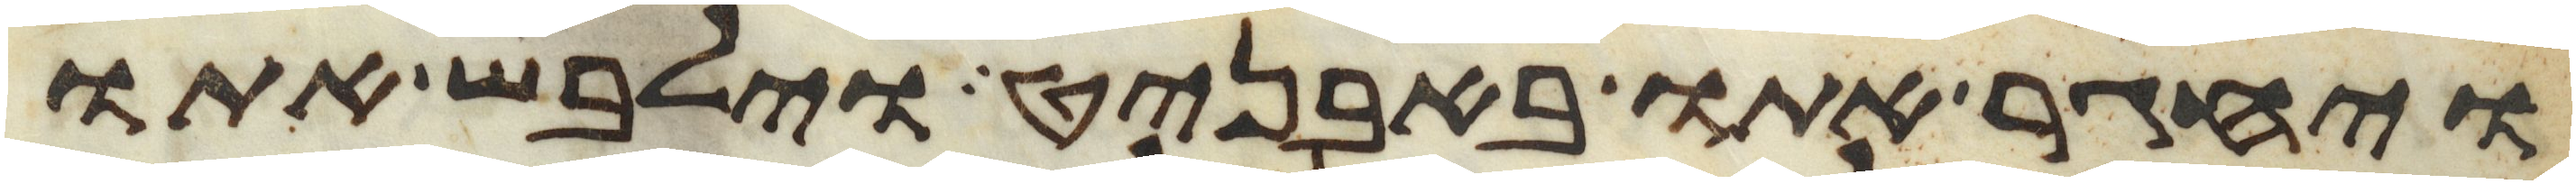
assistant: ויחגר אתו באבניט וילבש אתו